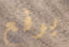
برفع